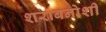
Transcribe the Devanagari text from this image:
शराबनोशी